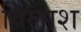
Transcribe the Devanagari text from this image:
विलाश